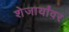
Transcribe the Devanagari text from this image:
शेजार्यांवर